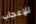
للإعجاب